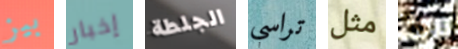
بيز إخبار الجلطة تراسي مثل أنه